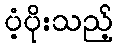
ပံ့ပိုးသည့်